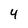
Character: 4